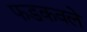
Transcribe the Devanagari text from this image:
फडकवले